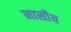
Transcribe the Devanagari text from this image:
नासीय